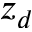
z _ { d }